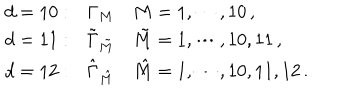
LaTeX: \begin{array} { l l l } { { d = 1 0 : } } & { { \Gamma _ { M } } } & { { M = 1 , \cdots , 1 0 \, , } } \\ { { d = 1 1 : } } & { { { \tilde { \Gamma } } _ { \tilde { M } } } } & { { { \tilde { M } } = 1 , \cdots , 1 0 , 1 1 \, , } } \\ { { d = 1 2 : } } & { { { \hat { \Gamma } } _ { \hat { M } } } } & { { { \hat { M } } = 1 , \cdots , 1 0 , 1 1 , 1 2 \, . } } \\ \end{array}